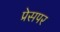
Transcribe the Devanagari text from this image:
प्रेसपर